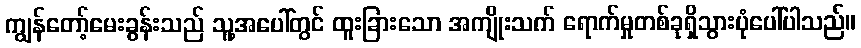
ကျွန်တော့်မေးခွန်းသည် သူ့အပေါ်တွင် ထူးခြားသော အကျိုးသက် ရောက်မှုတစ်ခုရှိသွားပုံပေါ်ပါသည်။